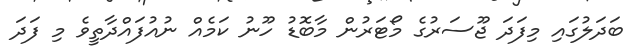
ބަދަލުގައި މިފަދަ ޖޫސަރުގެ މޯޓަރުން މާބޮޑު ހޫނު ކަމެއް ނުއުފައްދާތީވެ މި ފަދަ